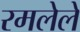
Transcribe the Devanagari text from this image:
रमलेले